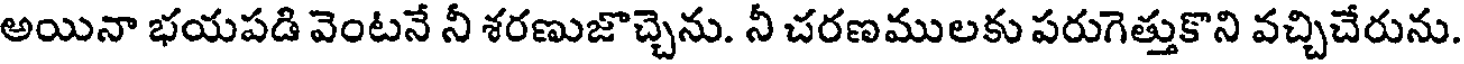
అయినా భయపడి వెంటనే నీ శరణుజొచ్చెను. నీ చరణములకు పరుగెత్తుకొని వచ్చిచేరును.